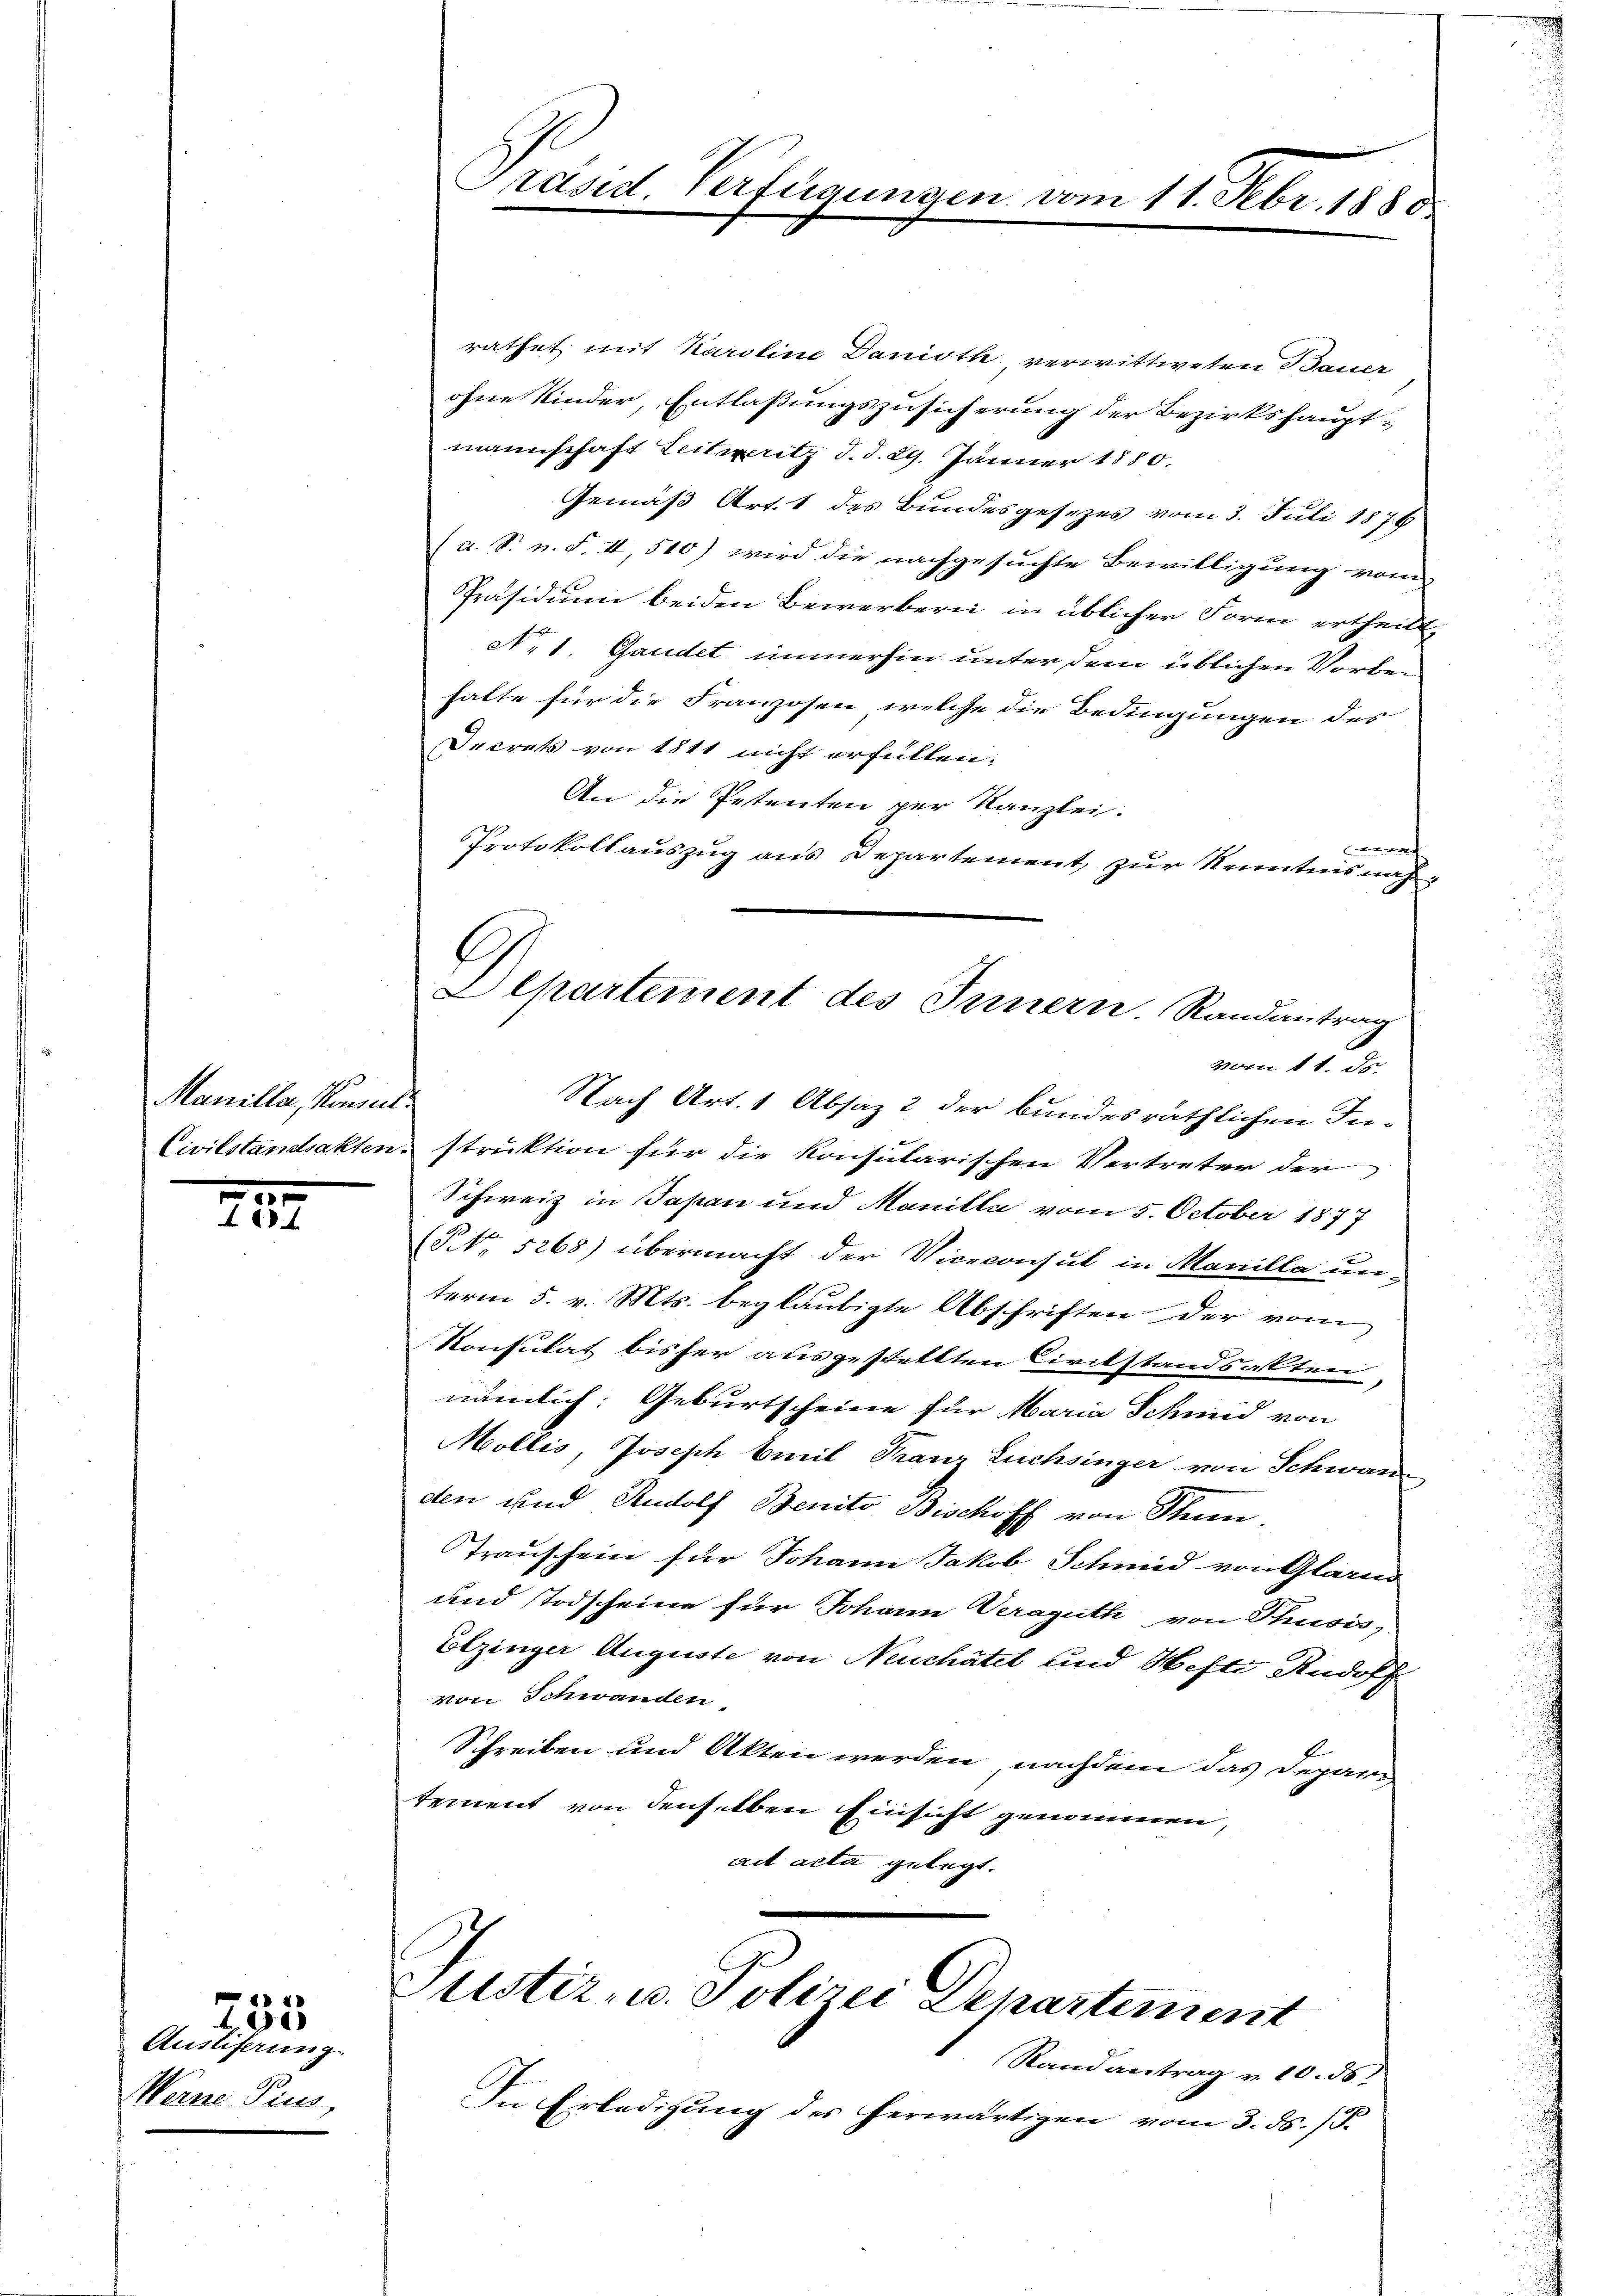
Maniller, Konseil

0

Ausliferung.
Werne Pius

e
100

rathet mit Karoline Danioth verwittweten Bauer
ohne Kinder, Entlaßungszusicherung der Bezirkshauptmannschaft Leiteritz d. d. 29. Jänner 1880.
Gemäß Art. 1 des Bundesgesezes vom 3. Juli 1876.
(a. S. n. F. II, 510) wird die nachgesuchte Bewilligung vom
Präsidium beiden Bewerbern in üblicher Form ertheilt,
No1. Gaudet immerhin unter dem üblichen Vorbehalte für die Franzosen welche die Bedingungen des
Decrets von 1811 nicht erfüllen.
An die Petenten per Kanzlei.

Protokollauszug aus Departement zur Kenntnisnah¬
G

Präsid. Verfügungen vom 11. Febr. 1880

Departement des Innern. Randantrag
vom 15. ds.

Nach Art. 1 Absaz 2 der bundesräthlichen In¬
Civilstandsaktenstruktion für die konsularischen Vertreter der
Schweiz in Japan und Manille vom 5. October 1877
(NNNo. 5268) übermacht der Viceconsul in Marilla un-
term 5. v. Mts. beglaubigte Abschriften der vom
Konsulat bisher ausgestellten Circkstandsakten,
nämlich: Geburtscheine für Maria Schmid von
Mollis, Joseph Emil Franz Luchsinger von Schwan
den und Rudolf Benito Bischoff von Steien.
Trauschein für Johann Jakob Schmid von Glarus
und Todscheine für Johann Veraguth von Thusis,
Elzinger Auguste von Neuchâtel und Hefti Rudolf
von Schwanden,
Schreiben und Akten werden nachdem das Depari
tement von denselben Einsicht genommen,
ad acta gelegt.

Justiz- u. Polizei Departement

Randantrag v. 10. 55
In Erledigung des herwärtigen vom 3. ds. (T.